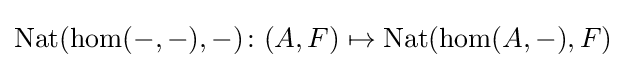
\operatorname {Nat} (\hom(-,-),-)\colon (A,F)\mapsto \operatorname {Nat} (\hom(A,-),F)